Tezpur Lunatic Asylum reports 1877-1894 - 1877-1894
Year: 1877
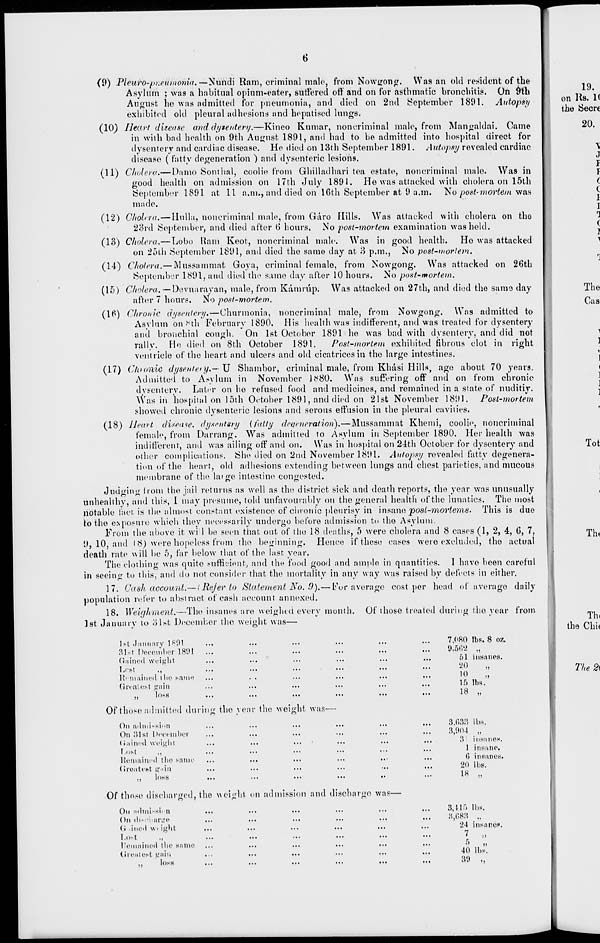
6
(9) Pleuro-pr.eumoida.—Nundi Ram, criminal male, from Nowcrong. Was an old resident of the
Asylum ; was a habitual opium-eater, suffered off and on for asthmatic bronchitis. On 9th
August he was admitted for pneumonia, and died on 2nd September 1891. Autopsy
exhibited old pleura! adhesions and hepatised lungs,
(10) Heart diiease and dysenterij.—Kineo Kumar, noncriminal male, from Mangaldai. Game
in with bad health on 9th August 1891, and had to be admitted into hospital direct for
dysentery ami cardiac disease. He died on 13th September 1891. Autopsy rovealed cardiac
disease ( fatty degeneration ) and dysenteric lesions.
(11) Cholerti.— Darno Sonthal, coolie from Ghilladhari tea estate, noncriminal male. Was in
good health on admission on 17th July 1891. He was attacked with cholera on 15th
•September 1891. at 11 a.m., and died on 16th September at 9 a.m. No post-mortem was
made.
(12) Cholera.— liulla, noncriminal male, from Garo Hills. Was attacked with cholera on the
23rd September, and died after 6 hours. No post-mortem examination was held.
(1.3) Cholera.—Lobo Ram Keot, noncriminal male. Was in good health.
Ho was attacked
on 25th September 1891, and died the same day at 3 p.m., No post-mortem.
(14) Cholera.— Mussammat Goya, criminal female, from Nowgong. Was attacked on 26th
September 1891, and died the same day after 10 hours. No post-mortem.
(15) Cholera. —De vua ray an, male, from Kamrup. Was attacked on 27th, and died the same day
after 7 hours. No post-mortem.
(16) Chronic dysentery.—Churraonia, noncriminal male, from Nowgong. Was admitted to
Asylum on- v th February 1890. His health was indifferent, and was treated for dysentery
and bronchial cough. On 1st October 1891 he was bad with dysentery, and did not
rally. He died on 8th October 1891.
Post-mortem exhibited fibrous clot in right
ventricle of the heart and ulcers and old cicatrices in the large intestines.
(17) C/uonic dysentery,— TJ Shambor, criminal male, from Kliasi Hills, age about 70 years.
Admitted to Asylum in November J.N80. Was suffering off and on from chronic
dysentery. Later on he refused food and medicines, and remained in a state of nuditiy.
Was in hospital on 15th October 1891, and died on 21st November 1891. Post-mortem
showed chronic dysenteric lesions and serous effusion in the pleural cavities.
(18) Heart disease, dysentery (fatty degeneration).—Mussammat Khemi, coolie, noncriminal
female, from Darning. Was admitted to Asylum in September 1890. Her health was
indifferent, and was ailing off and on. Was in hospital on 24th October for dysentery and
other complications. She died on 2nd November 1891. Autopsy revealed fatty degenera-
tion of the heart, old adhesions extending between lungs and chest parieties, and mucous
membrane of the huge* intestine congested.
Judging from the jail returns as well as the district sick and death reports, the year was unusually
unhealthy, and this, 1 may presume, told unfavourably on the general health of the lunatics. The most
notable fact is the almost constant existence of chronic pleurisy in insane post-mortems. This is due
to the exposure which they necessarily undergo before admission to the Asylum.
From the above it wi 1 be seen that out of the 18 deaths, 5 were cholera and 8 cases (1, 2, 4, 6, 7,
9, 10, and 18) were hopeless from the beginning. Hence if these eases were excluded, the actual
death rate will be 5, far below that of the last year.
The clothing was quite sufficient, and the food good and ample in quantities. 1 have been careful
in seeing to this, and do not consider that the mortality in any way was raised by defects in either.
17. Cash account.— (Refer to Statement No. 9).— For average cost per head of average daily
population refer to abstract of cash account annexed.
18. Weigh/ment.—The insanes are weighed every month. Of those treated during the year from
1st January to 31st December the weight was—
1st Jnnuary 1*91
31st December 1891
Guined weight
l.est
,,
Remained t lie .same
Greatest gain
loss
Of those admitted during the vear the weight was—
On admission
On 31st December
Gained weight
I.nst _
,,
Remained the same
Groatest gain
loss
...
7.080 lbs. 8 oz.
...
9,5t',2 n
...
51 insanes.
'20
•i
II.
10
»
15 lbs.
...
18 it
3.033 U.S.
...
3,904 tt
...
3 inRnneH.
...
1 insane.
...
0 insanes.
• ••
20 lbs.
18 I.
Of those discharged, the weight on admission and discharge was-
On ndmNsii n
On ile ihni'go
G .ineil wi ight
Lost
.,
remained the same
Greatest gain
loss
...
3,415 ll.s.
...
3,083 „
,,.
24 insonef
...
7 „
6 „
...
40 lbs.
...
39 „
19.
on Its. 1(
the SSecrc
20.
\
J
I
1
C
C
1
I
^
l
The
Cas
Tot
Tht
Th.
the Chit
The 2(